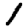
Digit: 1